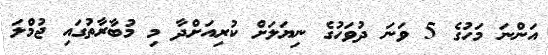
އަންނަ މަހުގެ 5 ވަނަ ދުވަހުގެ ނިޔަލަށް ކުރިއަށްދާ މި މުބާރާތުގައި ޖުމްލަ